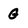
Character: G